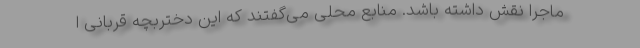
ماجرا نقش داشته باشد. منابع محلی می‌گفتند که این دختربچه قربانی ا